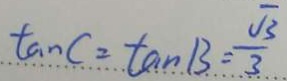
\tan C = \tan B = \frac { \sqrt { 3 } } { 3 }